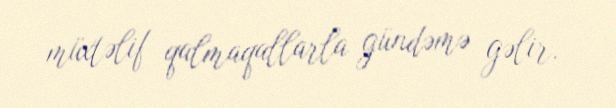
müxtəlif qalmaqallarla gündəmə gəlir.